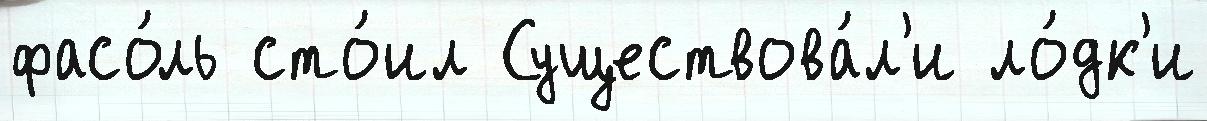
фасо́ль сто́ил Существова́л'и ло́дк'и